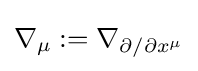
\nabla _{\mu }:=\nabla _{\partial /\partial x^{\mu }}